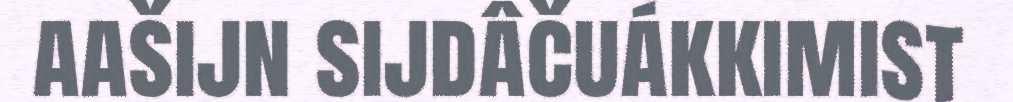
aašijn sijdâčuákkimist